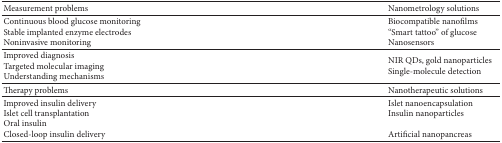
<table><thead><tr><td><b>Measurement problems </b></td><td><b> Nanometrology solutions</b></td></tr></thead><tbody><tr><td>Continuous blood glucose monitoringStable implanted enzyme electrodes Noninvasive monitoring</td><td>Biocompatible nanofilms “Smart tattoo” of glucose Nanosensors</td></tr><tr><td>Improved diagnosis Targeted molecular imaging Understanding mechanisms</td><td>NIR QDs, gold nanoparticles Single-molecule detection</td></tr><tr><td>Therapy problems</td><td>Nanotherapeutic solutions</td></tr><tr><td>Improved insulin deliveryIslet cell transplantation Oral insulin Closed-loop insulin delivery</td><td>Islet nanoencapsulation Insulin nanoparticlesArtificial nanopancreas</td></tr></tbody></table>